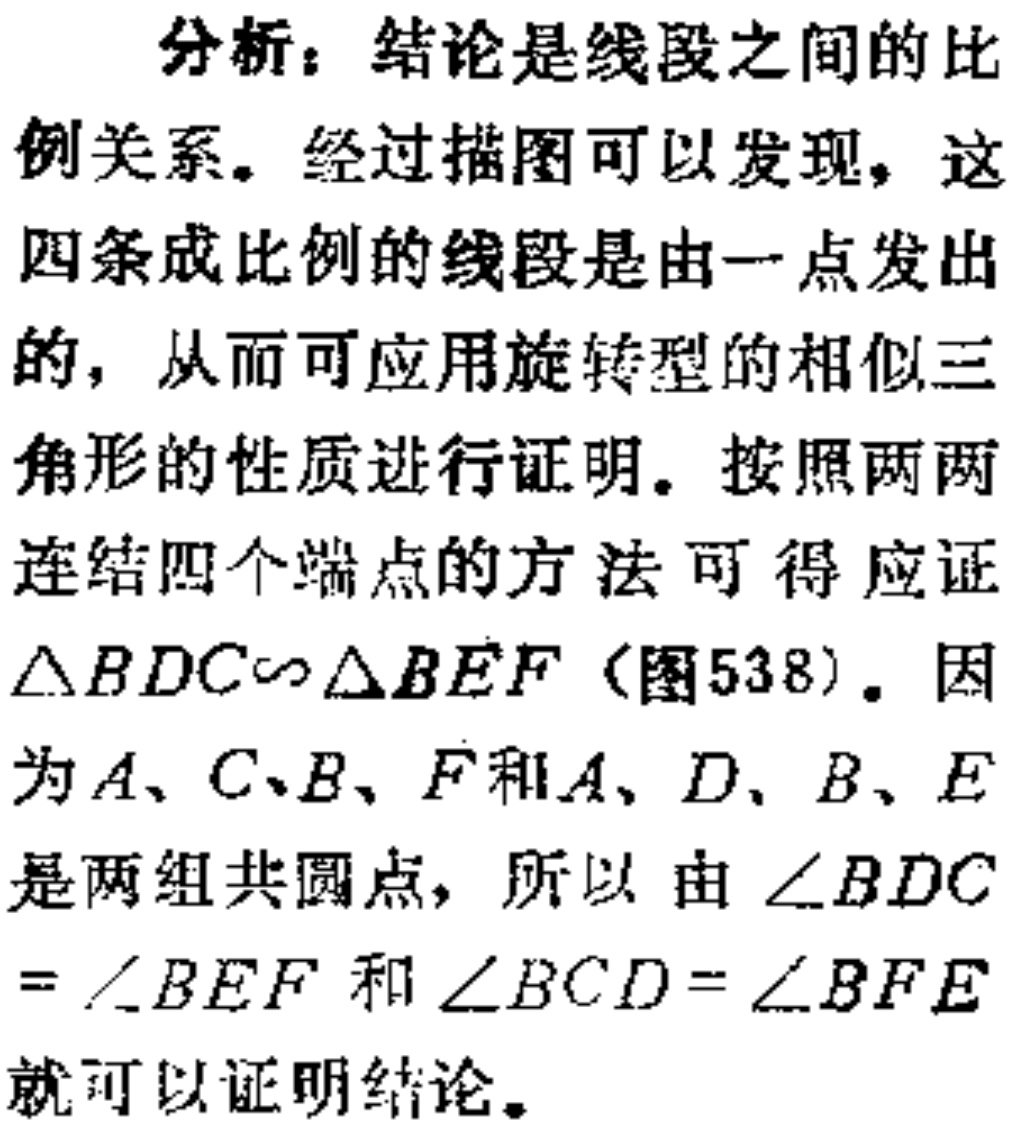
分析：结论是线段之间的比例关系。经过描图可以发现，这四条成比例的线段是由一点发出的，从而可应用旋转型的相似三角形的性质进行证明。按照两两连结四个端点的方法可得应证$\triangle BDC\sim\triangle BEF$（图538）。因为$A、C、B、F$和$A、D、B、E$是两组共圆点，所以由$\angle BDC=\angle BEF$和$\angle BCD = \angle BFE$就可以证明结论。